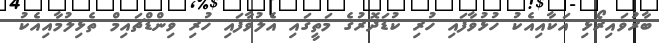
ބާރުވައިރޯޅި އަކާއިއެކު ހުޅުވާފައި ހުރި ކުޑަދޮރުގެ މަތީގައި އެލުވާފައި ހުރި ވިންޑްޗައިމް ތެޅިލުމާއިއެކު